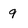
Character: 9